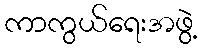
ကာကွယ်ရေးအဖွဲ့